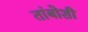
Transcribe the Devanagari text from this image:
तांबोशी